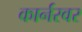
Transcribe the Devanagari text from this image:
कार्नरवर